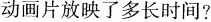
动画片放映了多长时间？